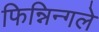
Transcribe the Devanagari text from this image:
फिन्निन्गले